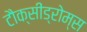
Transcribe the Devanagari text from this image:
टौक्सीड्रोम्स